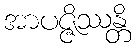
အာပဇ္ဇိဿန္တိ